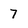
Character: 7